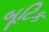
બૂટિક